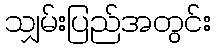
သျှမ်းပြည်အတွင်း